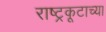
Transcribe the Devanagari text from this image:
राष्ट्रकूटाच्या